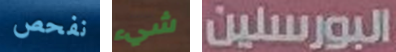
نفحص شيء البورسلين